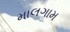
માલગામ